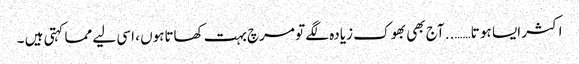
اکثر ایسا ہو تا…….. آج بھی بھوک زیادہ لگے تو مرچ بہت کھاتاہوں ، اسی لیے مما کہتی ہیں ۔